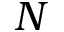
N